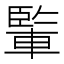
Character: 𨍒